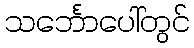
သင်္ဘောပေါ်တွင်